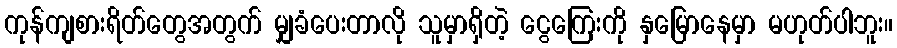
ကုန်ကျစားရိတ်တွေအတွက် မျှခံပေးတာလို သူမှာရှိတဲ့ ငွေကြေးကို နှမြောနေမှာ မဟုတ်ပါဘူး။